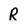
Character: R